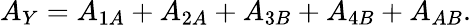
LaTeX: A_{Y}=A_{1A}+A_{2A}+A_{3B}+A_{4B}+A_{AB}.